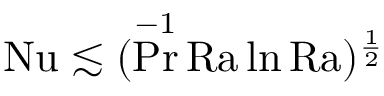
\mathrm { { N u } } \lesssim ( \operatorname* { P r } ^ { - 1 } \mathrm { { R a } } \ln \mathrm { { R a } } ) ^ { \frac 1 2 }